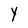
Character: Y